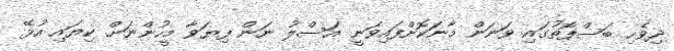
ދިވެހި ބަސްފޮތުގައި ވަނަން މާނަކޮށްފައިވަނީ އަސްލު ނަން ފިޔަވާ މީހުންނަށް ކިޔައި އުޅޭ